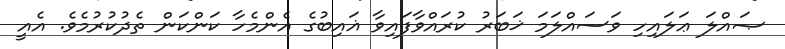
ޞައްލަ ޢަލައިހި ވަސައްލަމަ ޚަބަރު ކުރައްވާފައިވާ ޣައިބުގެ އެންމެހާ ކަންކަން ތެދުކުރުމެވެ. އެއީ